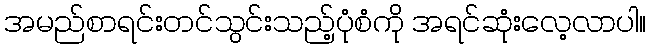
အမည်စာရင်းတင်သွင်းသည့်ပုံစံကို အရင်ဆုံးလေ့လာပါ။